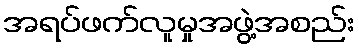
အရပ်ဖက်လူမှုအဖွဲ့အစည်း